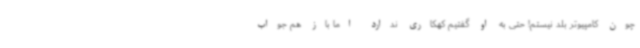
چون کامپیوتر بلد نیستم! حتی به او گفتیم کهکاری ندارد اما باز هم جواب